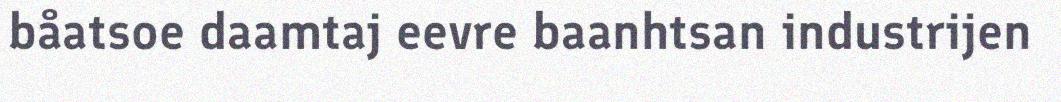
båatsoe daamtaj eevre baanhtsan industrijen